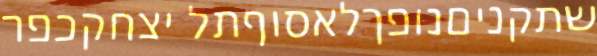
שתקניםנופךלאסוףתל יצחקכפר